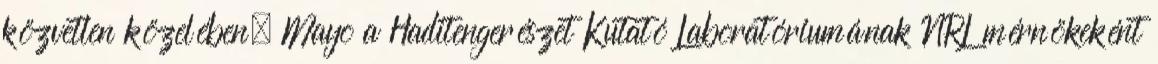
közvetlen közelében. Mayo a Haditengerészet Kutató Laboratóriumának NRL mérnökeként